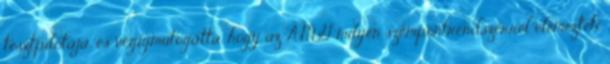
tesztpilótája, és végigmutogatta, hogy az AMG milyen szempontrendszerrel elemezteti